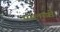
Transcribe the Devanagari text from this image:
पालखीं